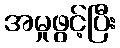
အမှုဖွင့်ပြီး